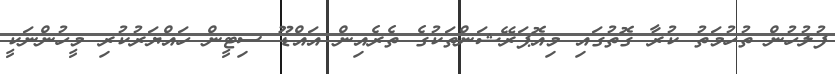
ފުލުހުން ތުހުމަތު ކުރާ ގޮތުގައި މިއޮޕަރޭޝަންތަކުގެ ތެރެއިން އައްޑޫ ސިޓީން ހައްޔަރުކުރި މީހުންނަކީ